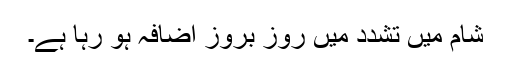
شام میں تشدد میں روز بروز اضافہ ہو رہا ہے۔